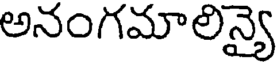
అనంగమాలిన్యై